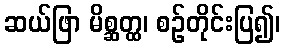
ဆယ်ဖြာ မိစ္ဆတ္ထ၊ စဉ်တိုင်းပြ၍၊